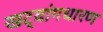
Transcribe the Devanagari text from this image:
खट्‌वांगधारण